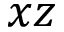
x z